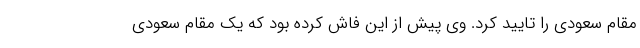
مقام سعودی را تایید کرد. وی پیش از این فاش کرده بود که یک مقام سعودی